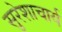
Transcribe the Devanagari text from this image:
सुरेशाचार्य